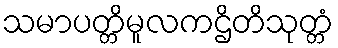
သမာပတ္တိမူလကဌိတိသုတ္တံ